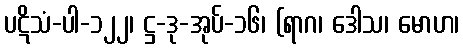
ပဋိသံ-ပါ-၁၂၂၊ ဋ္ဌ-ဒု-အုပ်-၁၆၊ (ရာဂ၊ ဒေါသ၊ မောဟ၊